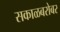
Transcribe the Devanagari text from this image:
सकाळबरोबर